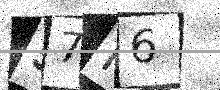
Text: 57H6